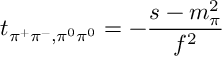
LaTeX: t _ { \pi ^ { + } \pi ^ { - } , \pi ^ { 0 } \pi ^ { 0 } } = - \frac { s - m _ { \pi } ^ { 2 } } { f ^ { 2 } }